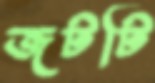
জটটি